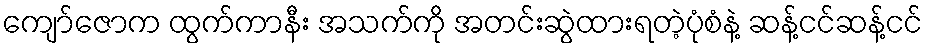
ကျော်ဇောက ထွက်ကာနီး အသက်ကို အတင်းဆွဲထားရတဲ့ပုံစံနဲ့ ဆန့်ငင်ဆန့်ငင်